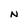
Character: N